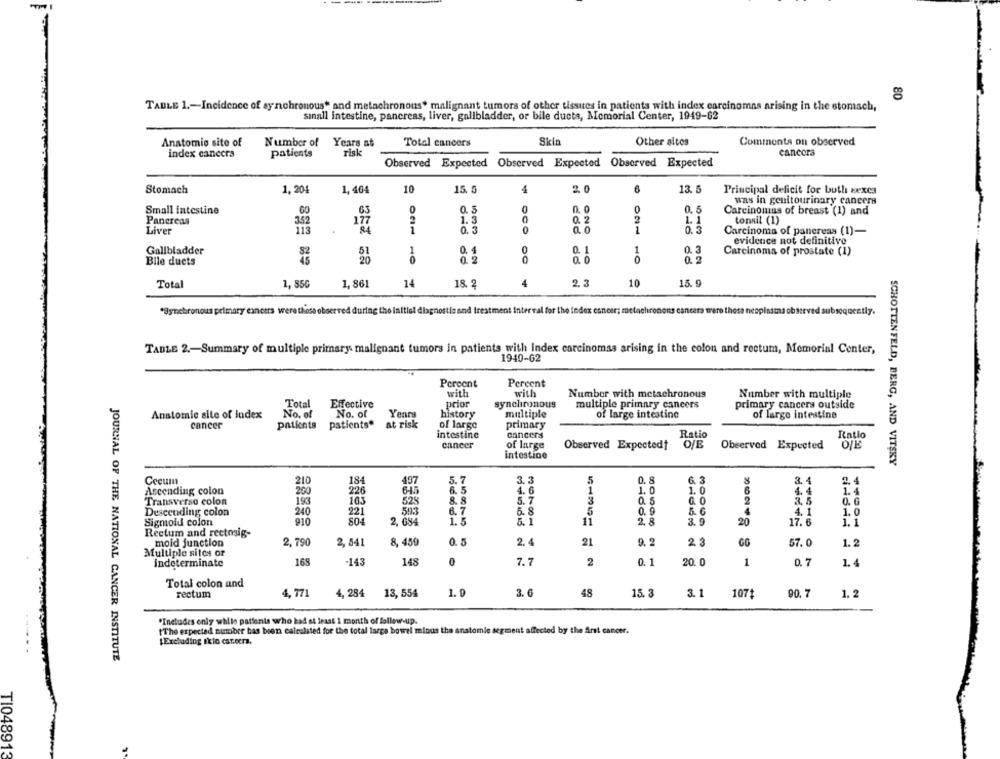
80
TABLE 1 .- Incidence of synchronous" and metachronous. malignant tumors of other tissues in patients with index carcinomas arising in the stomach,
sinall intestine, pancreas, liver, gallbladder, or bile ducts, Memorial Center, 1949-62
Anatomie sito of
Number of Years at
Total cancers
Skin
Other altos
Comments on observed
index cancera
patients
risk
cancora
Observed Expected Observed Expected Observed Expected
Stomach
1, 204
1, 404
10
15. 5
4
2 0
13. 5
Principal deficit for butl eexca
was in genitourinary cancers
Small intestine
GO
63
0
0.5
0
0
0.5
Carcinomas of breast (1) and
Pancreas
177
2
1.3
0
0. 2
1. 1
tonsil (1)
3.52
Liver
113
84
1
0.3
0.0
1
0.3
Carcinoma of pancreas (1)-
evidence not definitive
Gallbladder
1
0.4
0
0. 1
1
0. 3
51
0 2
0
0.0
0.2
Carcinoma of prostate (1)
Bile ducts
Total
1, 850
1, 861
14
18. 2
4
2.3
10
15. 9
*Synchronous primary cancers were those observed during the initial diagnostic and treatment Interval for the index cancer; metachronoits cancers were those neopinsta observed subsequently.
TADLE 2 .- Summary of multiple primary malignant tumors in patients with index carcinomas arising in the colon and rectum, Memorial Center,
1940-62
Percent
Percent
with
with
Number with metachronous
Number with multiple
Total
Effective
prior
synchronous
multiple primary cancers
primary cancers outside
Anstomic site of index
No. of
No. of
Years
history
multiple
of large intestine
of large intestine
cancer
patients patients" at risk
of large
primary
intestine
cancers
Ratio
Ratio
cancer
of large
Observed Expectedt
O/E
Observed Expected
intestine
SCHOTTEN FELD, BERG, AND VITSKY
184
497
7
3. 3
0. 8
3.4
Cecum
210
5.
6. 3
2.4
Ascending colon
200
226
645
6.5
4.6
1. 0
1.0
4.4
1.4
Transverse colon
193
103
8.
5. 7
0.5
G. 0
0. 6
Descending colon
240
221
6.
7
5. 8
5
0. 9
5. 6
4.
1.0
Sigmoid colon
910
804
2. 084
1.5
11
2.8
3.9
20
17.6
1.1
Rectum and rectosig-
moid junction
2,790
2, 541
8, 459
0. 5
2.4
21
9. 2
2.3
GG
57.0
1.2
Multiple sites or
168
-143
148
0
7.7
2
0.1
20. 0
1
indeterminate
0.7
1.4
Total colon and
rectum
4.771
4,284
1.9
3.0
48
15.
3.1
1071
90.7
1.2
13, 554
*Includes only while patients who had at least 1 month of follow-up.
tThe expected number bas bien calculated for the total large bowel minus the anatomie segment affected by the Arst cancer.
LExcluding ikio catocra.
JOURNAL OF THE NATIONAL CANCER INSTITUTE
TI048913